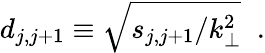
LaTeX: d_{j,j+1}\equiv\sqrt{s_{j,j+1}/k_{\perp}^{2}}\; \; .